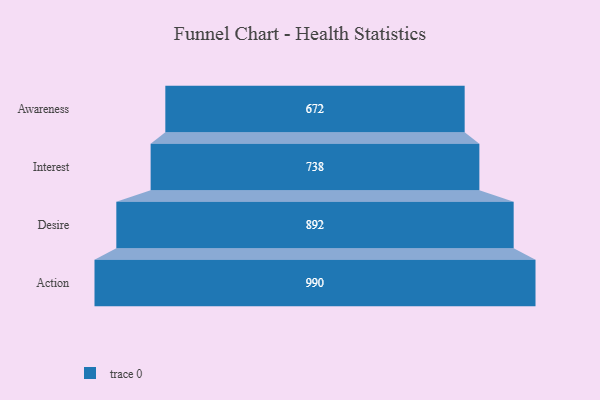
{"axis": {"x": "Stage", "y": "Value"}, "legend": [""], "data": [{"x": "Awareness", "y": 672.0, "type": ""}, {"x": "Interest", "y": 738.0, "type": ""}, {"x": "Desire", "y": 892.0, "type": ""}, {"x": "Action", "y": 990.0, "type": ""}]}